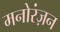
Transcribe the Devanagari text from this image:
मनोरंज़न